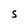
Character: S